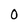
Character: 0